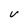
Character: v